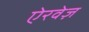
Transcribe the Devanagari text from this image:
ऐरवेज़